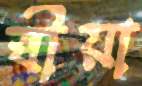
স্বীয়া